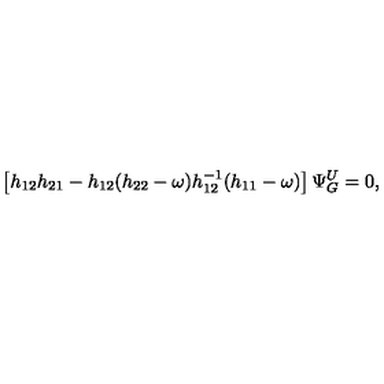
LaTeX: \left[ h _ { 1 2 } h _ { 2 1 } - h _ { 1 2 } ( h _ { 2 2 } - \omega ) h _ { 1 2 } ^ { - 1 } ( h _ { 1 1 } - \omega ) \right] \Psi _ { G } ^ { U } = 0 ,